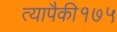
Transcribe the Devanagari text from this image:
त्यापैकी१७५